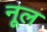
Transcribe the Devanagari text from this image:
नूल